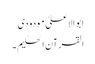
ابو الاعلیٰ مودودی
القرآن الحکیم ۔